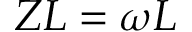
Z L = \omega L